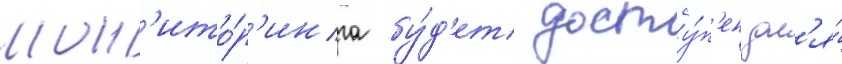
мон'ито́р'инга бу́д'ет досту́п'ен дл'я́